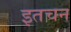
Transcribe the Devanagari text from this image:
इतचन